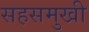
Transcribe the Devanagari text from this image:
सहसमुखी